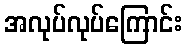
အလုပ်လုပ်ကြောင်း